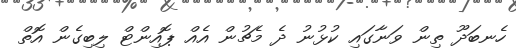
ހެނބަދޫ ތިން ވަނާގައި ކުޅުނު ދެ މެޗުން އެއް ޕޮއިންޓް ލިބިގެން އޮތް